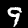
Label: 9